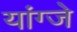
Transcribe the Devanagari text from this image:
यांग्जे